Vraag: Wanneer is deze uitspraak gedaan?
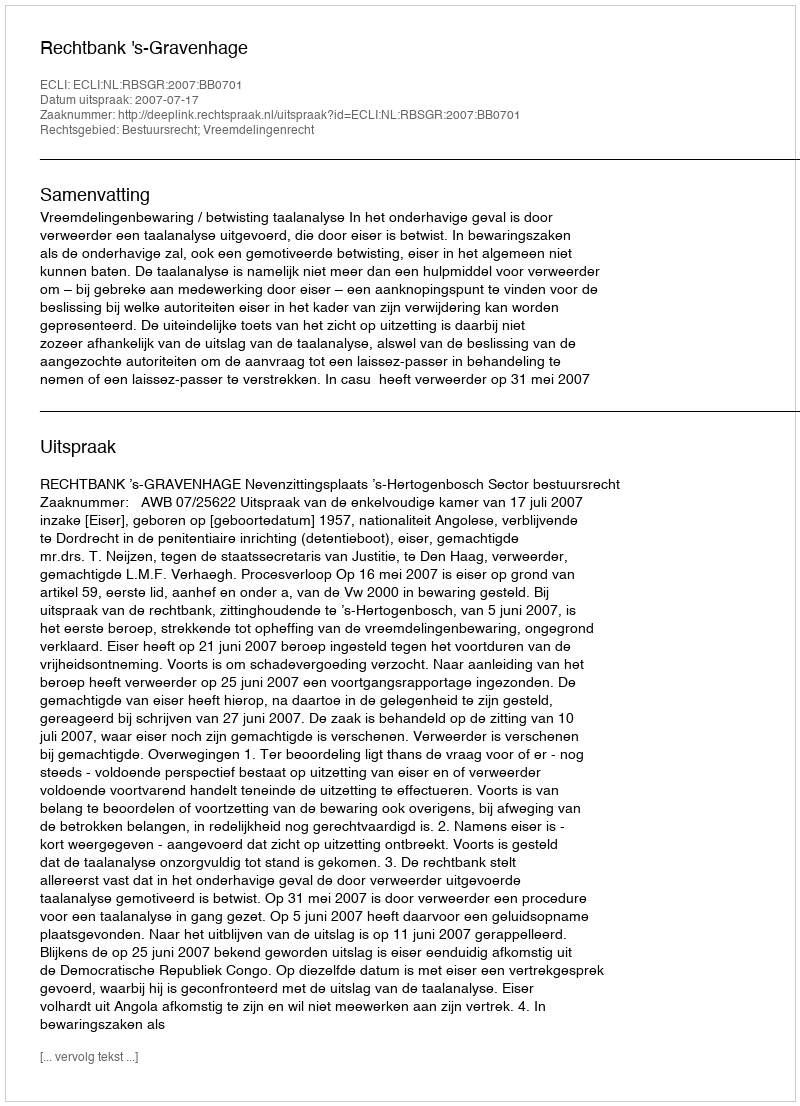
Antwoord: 2007-07-17